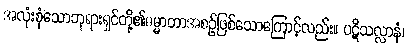
အလုံးစုံသောဘုရားရှင်တို့၏ဓမ္မာတာအစဉ်ဖြစ်သောကြောင့်လည်း။ ပဋိသလ္လာနံ၊